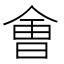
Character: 㑹